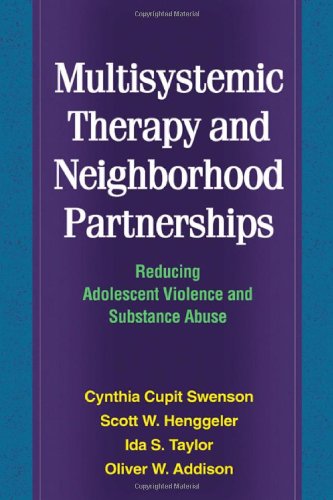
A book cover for Multisystemic Therapy and Neighborhood Partnerships: Reducing Adolescent Violence and Substance Abuse; Cynthia Cupit Swenson PhD; Law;